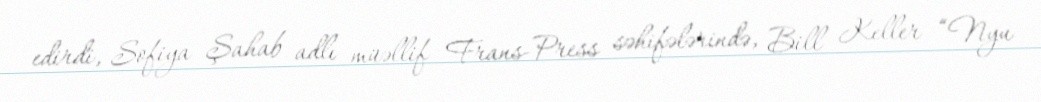
edirdi, Sofiya Şahab adlı müəllif Frans-Press səhifələrində, Bill Keller “Nyu